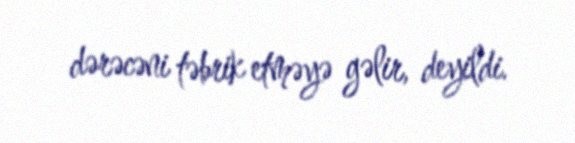
dərəcəni təbrik etməyə gəlir, deyildi.